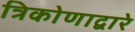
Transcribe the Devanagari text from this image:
त्रिकोणाद्वारे